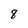
Character: 8